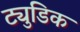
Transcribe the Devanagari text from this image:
ट्युडिक